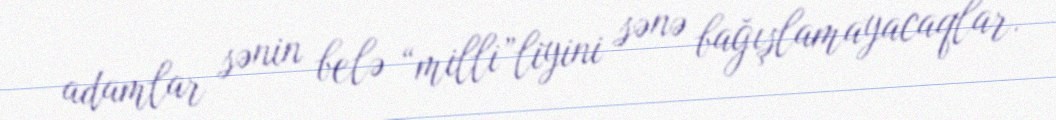
adamlar sənin belə “milli”liyini sənə bağışlamayacaqlar.